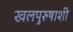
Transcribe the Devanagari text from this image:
खलपुरुषाशी